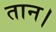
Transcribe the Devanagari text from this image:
तान।